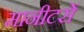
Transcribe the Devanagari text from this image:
मानीटरों